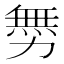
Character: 𠢬